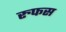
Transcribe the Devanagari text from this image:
रुफस